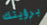
برؤيتك